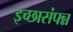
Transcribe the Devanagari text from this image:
इच्छासंपन्न